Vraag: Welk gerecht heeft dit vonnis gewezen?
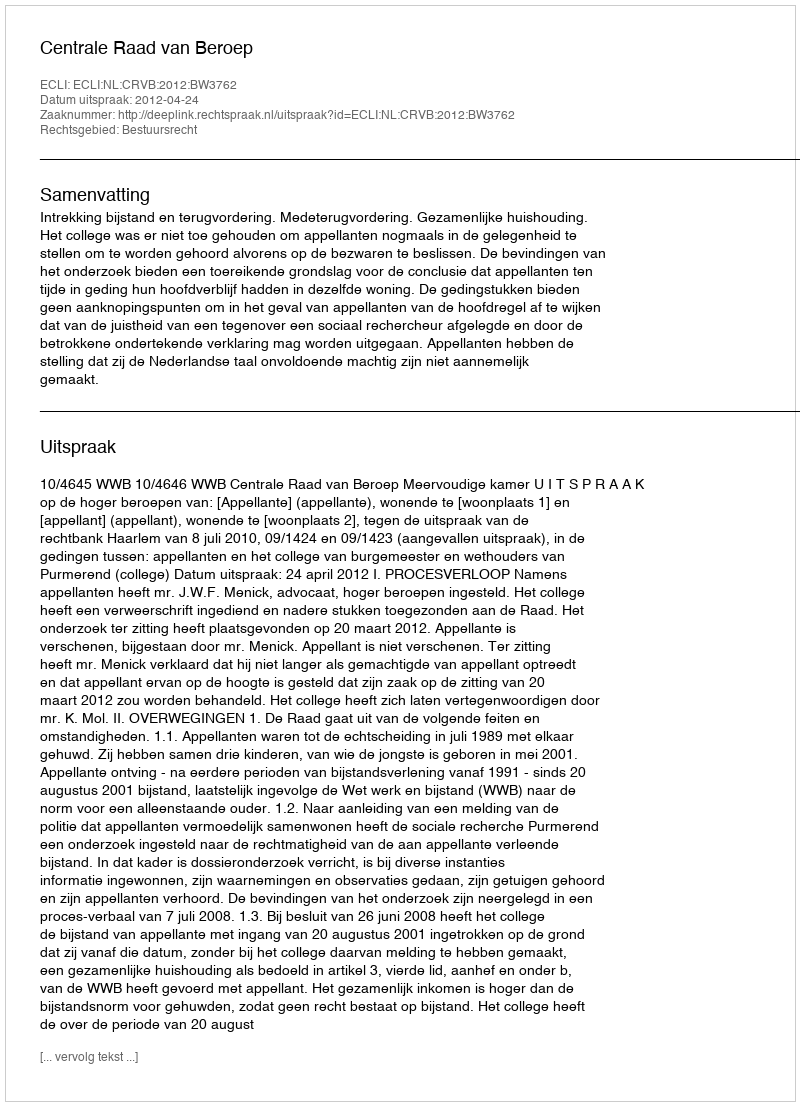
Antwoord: Centrale Raad van Beroep